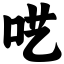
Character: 呓